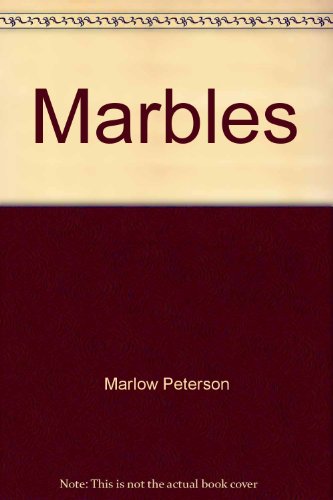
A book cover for Marbles: The guide to cat's-eyes marbles; Marlow Peterson; Crafts, Hobbies & Home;